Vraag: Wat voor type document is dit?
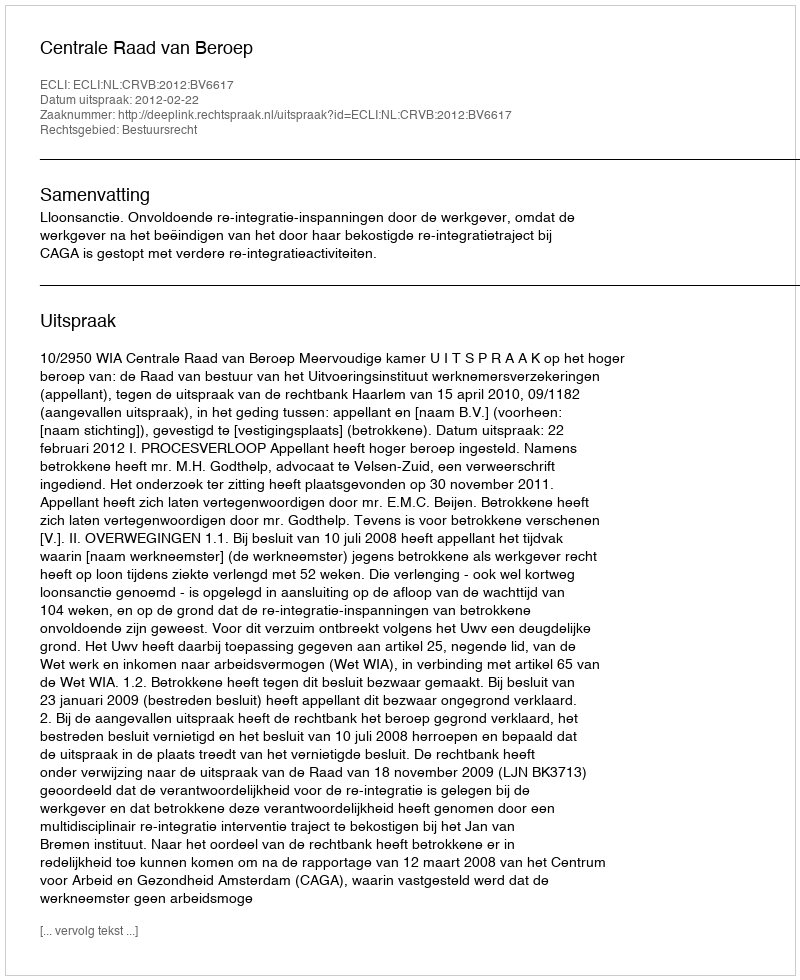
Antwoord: Uitspraak